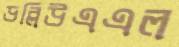
ডব্লিউএএল